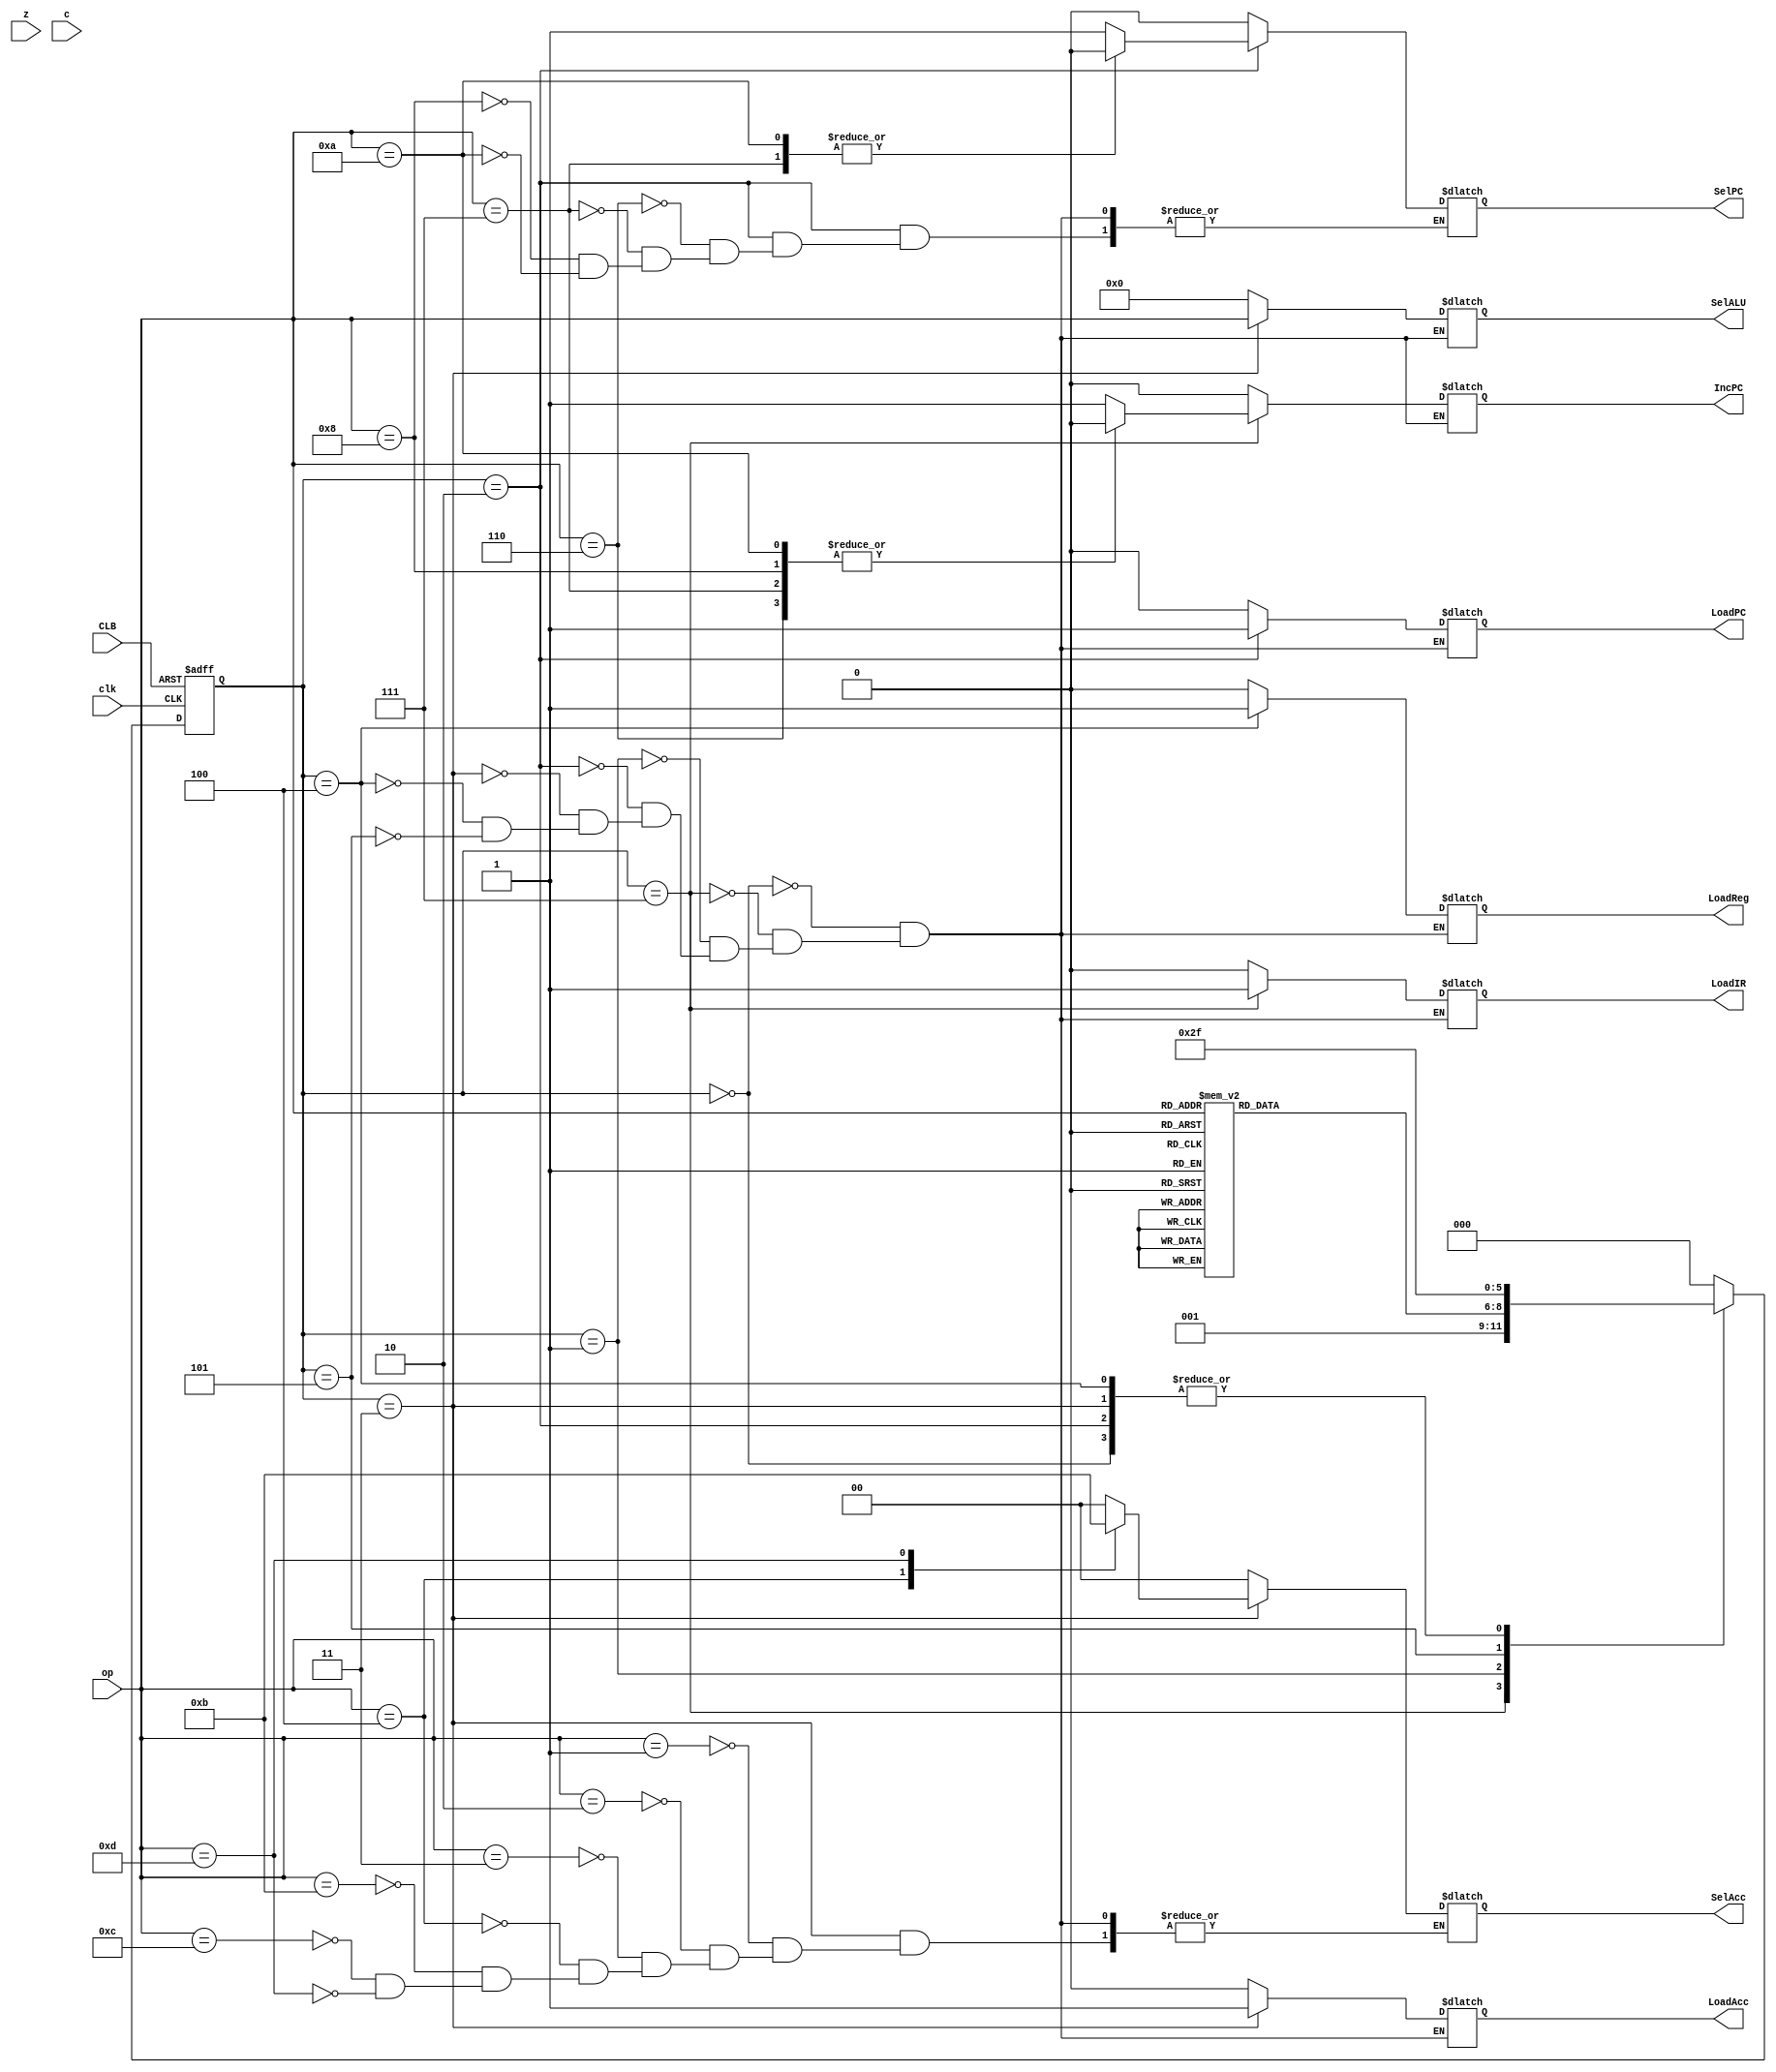
module controller_v1(z, c, clk, CLB, op, 
	LoadIR, IncPC, SelPC, LoadPC, 
	LoadReg, LoadAcc, SelAcc, SelALU);
// input define
input wire z, c, clk, CLB;
input wire [3:0] op;

// output define
output reg LoadIR, IncPC, SelPC, LoadPC, LoadReg, LoadAcc;
output reg [1:0] SelAcc;
output reg [3:0] SelALU;

// State code
reg [2:0] state;
reg [2:0] next_state;




// op code
parameter 	        ADD = 4'b0001,
			SUB = 4'b0010,
			NOR = 4'b0011,
			MOVR= 4'b0100,
			MOVA= 4'b0101,
			JZRS= 4'b0110,
			JZIM= 4'b0111,
			JCRS= 4'b1000,
			JCIM= 4'b1010,
			SHL = 4'b1011,
			SHR = 4'b1100,
			LDIM= 4'b1101,
			NOP = 4'b0000,
			HALT= 4'b1111;

// state code
parameter 	Sinit = 3'b000, // initial changed to 000
			S0    = 3'b111, // read opcodes changed to 111
			S1    = 3'b001,	// pc+1
			S2    = 3'b010, // update pc
			S3    = 3'b011,	// update acc
			S4    = 3'b100,	// update reg
			S5    = 3'b101;	// halt

// state reg
always @(posedge clk or negedge CLB) begin
	if (!CLB) state <= Sinit;
	else state <= next_state;
end

// state logic
always @* begin
	case(state)
	S0: next_state = S1; // *****
	S1: begin
		case(op)
		ADD: next_state = S3;
		SUB: next_state = S3;
		NOR: next_state = S3;
		MOVR:next_state = S3;
		MOVA:next_state = S4;
		JZRS:next_state = S2;
		JZIM:next_state = S2;
		JCRS:next_state = S2;
		JCIM:next_state = S2;
		SHL: next_state = S3;
		SHR: next_state = S3;
		LDIM:next_state = S3;
		NOP: next_state = S0; // *****
		HALT:next_state = S5;
		default:next_state = Sinit; // non exist opcode, initial whole system
		endcase
		end
	S2: next_state = S0;
	S3: next_state = S0;
	S4: next_state = S0;
	S5: next_state = S5;
	Sinit: next_state = S0;
	default: next_state = Sinit; // when state run over, initial whole process. 
	endcase
end 
 
// output logic
always @* begin
	case(state)
	Sinit: begin
		LoadIR = 1'b0;//*
		IncPC = 1'b0;
		SelPC = 1'b0;
		LoadPC = 1'b0;
		LoadReg = 1'b0;
		LoadAcc = 1'b0;
		SelAcc <= 2'b00;
		SelALU <= 4'b0000;
	end
	S0: begin
		LoadIR = 1'b1; // read IR.
		case (op)
		JZRS: IncPC   = 1'b0;
		JZIM: IncPC   = 1'b0;
		JCRS: IncPC   = 1'b0;
		JCIM: IncPC   = 1'b0;
		default: IncPC = 1'b1;
		endcase
		SelPC   = 1'b0;
		LoadPC  = 1'b0;
		LoadReg = 1'b0;
		LoadAcc = 1'b0;
		SelAcc <= 2'b00;
		SelALU <= 4'b00;
	end
	S1: begin
		LoadIR = 1'b0;	
		IncPC  = 1'b0; // pc += 1
		SelPC  = 1'b0;
		LoadPC = 1'b0;
		LoadReg = 1'b0;
		LoadAcc = 1'b0;
		SelAcc <= 2'b00;
		SelALU <= 4'b0000;
	end

	S2: begin
		LoadIR = 1'b0;
		IncPC  = 1'b0;		// load means write, sel select the bus. 
		case(op)			// determin which part used in 
		JZRS: SelPC = 1'b1;
		JZIM: SelPC = 1'b0;
		JCRS: SelPC = 1'b1;
		JCIM: SelPC = 1'b0;
		endcase
		LoadPC = 1'b1;      // write PC value
		LoadReg = 1'b0;
		LoadAcc = 1'b0;
		SelAcc <= 2'b00;
		SelALU <= 4'b0000;
	end
	S3: begin
		LoadIR = 1'b0;
		IncPC  = 1'b0;
		SelPC  = 1'b0;
		LoadPC = 1'b0;
		LoadReg = 1'b0;
		LoadAcc = 1'b1;    // write ACC value
		case(op)
		ADD: SelAcc <= 2'b00; // SelAcc1 = 0 select the ALU value
		SUB: SelAcc <= 2'b00;
		NOR: SelAcc <= 2'b00;
		MOVR:SelAcc <= 2'b10; // using reg and skip alu. 
		SHL: SelAcc <= 2'b00;
		SHR: SelAcc <= 2'b00;
		LDIM:SelAcc <= 2'b11; // using imm and skip alu.
		endcase
		SelALU <= op;
	end
	S4: begin
		LoadIR = 1'b0;
		IncPC  = 1'b0;
		SelPC  = 1'b0;
		LoadPC = 1'b0;
		LoadReg = 1'b1; // write Reg
		LoadAcc = 1'b0;
		SelAcc  <= 2'b00;
		SelALU  <= 4'b0000;
	end
	S5: begin
		LoadIR = 1'b0;
		IncPC  = 1'b0;
		SelPC  = 1'b0;
		LoadPC = 1'b0;
		LoadReg = 1'b0;
		LoadAcc = 1'b0;
		SelAcc <= 2'b00;
		SelALU <= 4'b0000;
	end

endcase 
end 
endmodule